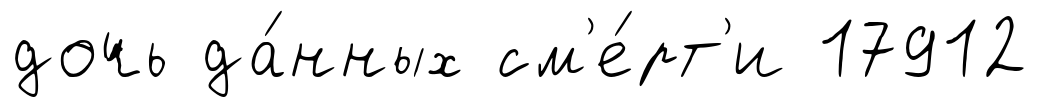
дочь да́нных см'е́рт'и 17912